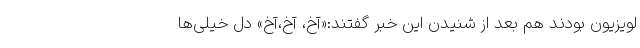
لویزیون بودند هم بعد از شنیدن این خبر گفتند:«آخ، آخ،آخ» دل خیلی‌ها